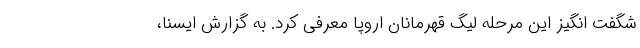
شگفت انگیز این مرحله لیگ قهرمانان اروپا معرفی کرد. به گزارش ایسنا،